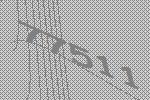
77511